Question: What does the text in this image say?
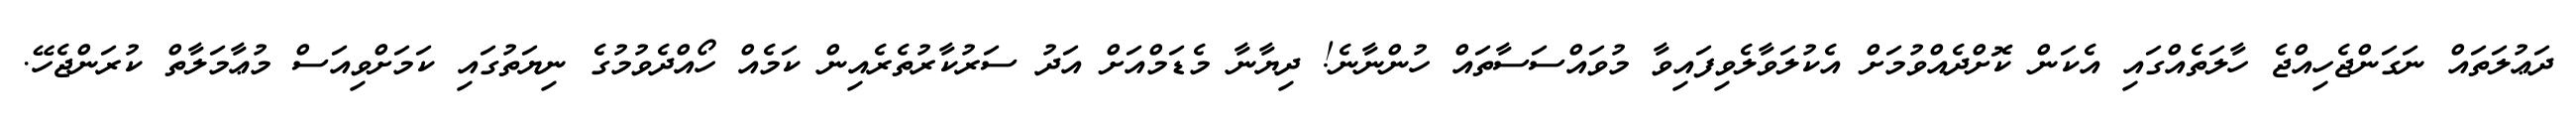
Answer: ދަޢުލަތައް ނަގަންޖެހިއްޖެ ހާލަތެއްގައި އެކަން ކޮށްދެއްވުމަށް އެކުލަވާލެވިފައިވާ މުވައްސަސާތައް ހުންނާނެ! ދިޔާނާ މެޑަމްއަށް އަދު ސަރުކާރުތެރެއިން ކަމެއް ހޯއްދެވުމުގެ ނިޔަތުގައި ކަމަށްވިއަސް މުޢާމަލާތް ކުރަންޖެހޭ.